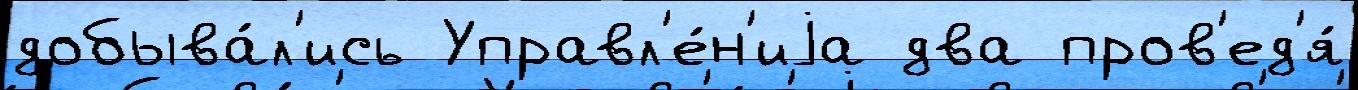
добыва́л'ись Управл'е́н'иjа два пров'ед'я́